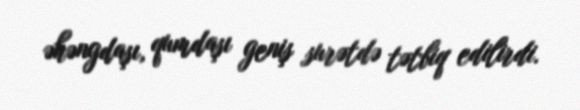
əhəngdaşı, qumdaşı geniş surətdə tətbiq edilirdi.